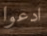
ادعوا